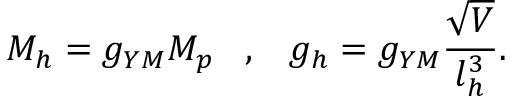
M _ { h } = g _ { Y M } M _ { p } \; \; \; , \; \; \; g _ { h } = g _ { Y M } \frac { \sqrt { V } } { l _ { h } ^ { 3 } } .